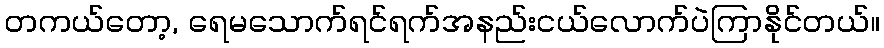
တကယ်တော့, ရေမသောက်ရင်ရက်အနည်းငယ်လောက်ပဲကြာနိုင်တယ်။